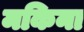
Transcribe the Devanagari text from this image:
मकिना